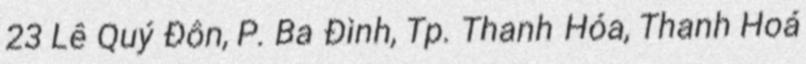
23 Lê Quý Đôn, P. Ba Đình, Tp. Thanh Hóa, Thanh Hoá